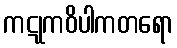
ကဋုကဝိပါကတရော